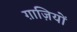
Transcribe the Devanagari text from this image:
ग़ाज़ियों